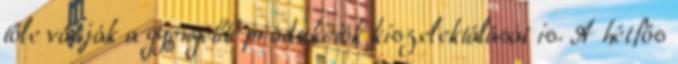
tőle várják a gyengébb produkciók kiszelektálását is. A hétfős